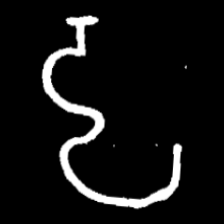
Pyu character \u2014 Myanmar letter: ဠ (romanized: lla)